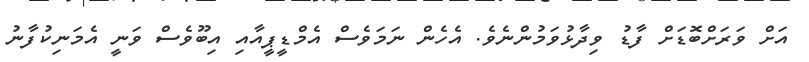
އަށް ވަރަށްބޮޑަށް ފާޑު ވިދާޅުވަމުންނެވެ. އެހެން ނަމަވެސް އެމްޑީޕީއާއި އިބޫވެސް ވަނީ އެމަނިކުފާނު